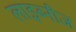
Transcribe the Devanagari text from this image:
लाइब्नीज